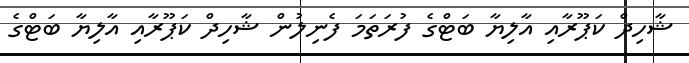
ޝާހިދް ކަޕޫރާއި އާލިޔާ ބަޓްގެ ފުރަތަމަ ފެނިލުން ޝާހިދް ކަޕޫރާއި އާލިޔާ ބަޓްގެ